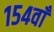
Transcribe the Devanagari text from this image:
१५४वाँ